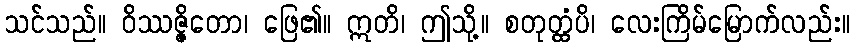
သင်သည်။ ဝိဿဇ္ဇိတော၊ ဖြေ၏။ ဣတိ၊ ဤသို့။ စတုတ္ထံပိ၊ လေးကြိမ်မြောက်လည်း။